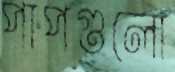
পাপগুলো